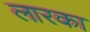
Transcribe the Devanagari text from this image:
लारका